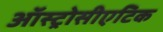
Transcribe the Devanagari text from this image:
ऑस्ट्रोसीएटिक